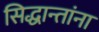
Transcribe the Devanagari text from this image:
सिद्धान्तांना